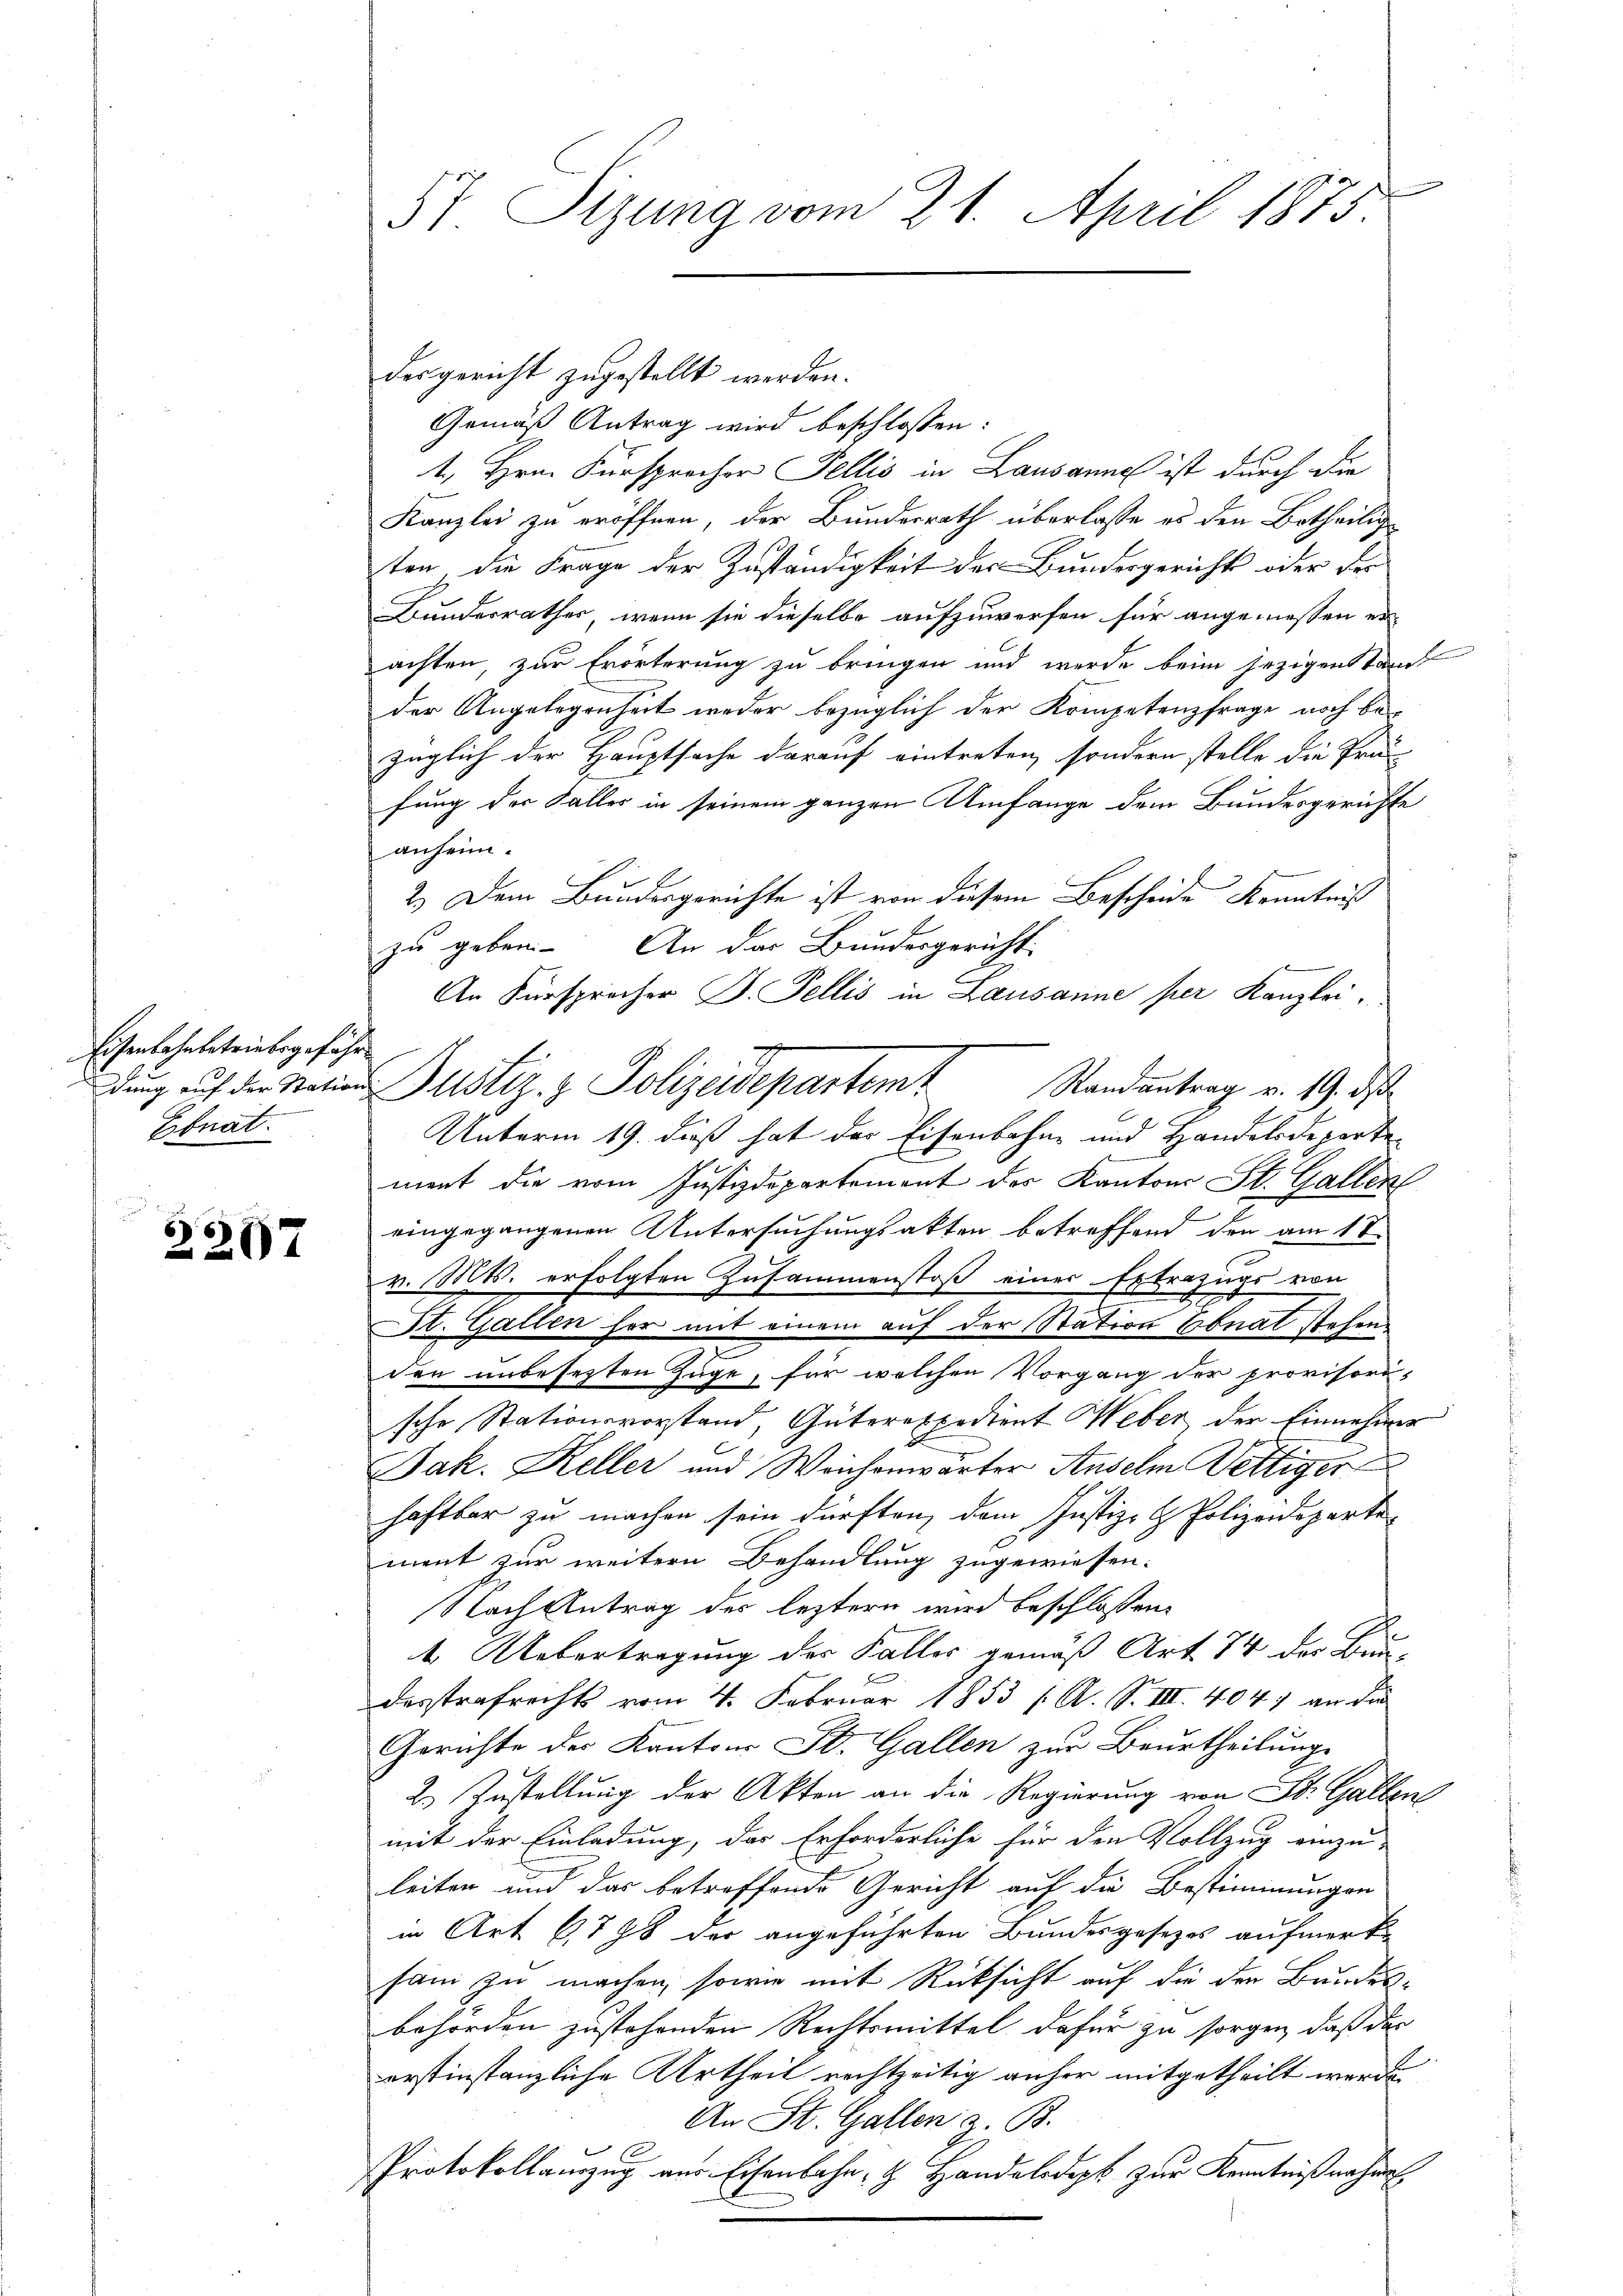
Eisenbahnbetriebesgefähr
Ebnat.

2207

57. Sitzung vom 21. April 1873.

desgericht zugestellt werden.
Gemäß Antrag wird beschlossen:
1., Hrn. Fürsprecher Fellis in Lausanne ist durch die
Kanzlei zu eröffnen, der Bundesrath überlasse es den Betheilig
ten die Frage der Zuständigkeit des Bundesgericht oder der
Bundesrathes, wenn sie dieselbe aufzuwerfen für angemessen erachten, zur Erörterung zu bringen und werde beim jezigen kant
der Angelegenheit weder bezüglich der Kompetenzfrage noch bezüglich der Hauptsache darauf eintreten, sondern stelle die Prä-
fung der Faller in seinem ganzen Umfange dem Bundesgerichte
anheim.
2.) Dem Bundesgerichte ist von diesem Bescheide Kenntniß
zu geben. An das Bundesgericht-
An Fürsprecher B. Fellis in Lausanne per Kanzlei.
Unterm 19. dieß hat der Eisenbahne und Handelsdeparte
ment die vom Justizdepartement des Kantons St. Gallen
eingegangenen Untersuchungsakten betreffend den am 18.
v. Mts. erfolgten Zusammenstoß einer Extrazugs von
St. Gallen her mit einem auf der Station Ebnat stehen.
den unbesezten Zuge, für welchen Vorgang der provisorische Stationsvorstand, Güterexpedient Weber der Einnehmer
Jak. Keller und Weichenwärter Anselm Wettiger
haftbar zu machen sein dürften, dem Justiz- & Polizeideparte
ment zur weitern Behandlung zugewiesen.
Nach Antrag des leztern wird beschlossen:
1. Uebertragung der Faller gemäß Art. 74 der Bun-
desstrafrechts vom 4. Februar 1853 /A. S. III. 404. an die
Gerichte des Kantons St. Gallen zur Beurtheilung
2.) Zustellung der Akten an die Regierung von St. Gallen
mit der Einladung, das Erforderliche für den Vollzug einzu-
leiten und das betreffende Gericht auf die Bestimmungen
in Art. 6778 der angeführten Bundesgesezes aufmerk
sam zu machen, sowie mit Rücksicht auf die den Bundesbehörden zustehenden Rechtsmittel dafür zu sorgen, daß das
erstinstanzliche Urtheil rechtzeitig anher mitgetheilt werde.
An St. Gallen z. B.
Protokollauszug aus Eisenbahn, H. Handelsdept zur Kenntnißnahme

g
dŭng auf der Nation Justiz- & Polizeisepartem Randantrag v. 19. ds